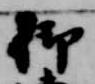
御